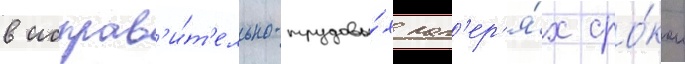
в исправ'и́т'ельно-трудовы́х лаг'ер'я́х сро́ком